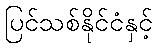
ပြင်သစ်နိုင်ငံနှင့်